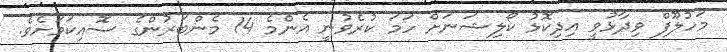
މަހުލޫފް ވިދާޅުވީ އިދިކޮޅު ކޯލިޝަނަށް ހަމަ ކުރެވުނީ އެންމެ 14 މެންބަރުންގެ ސޮއިކަމަށެވެ.